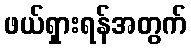
ဖယ်ရှားရန်အတွက်